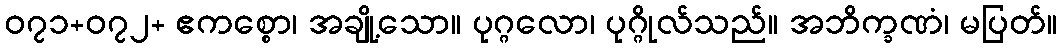
၀၇၁+၀၇၂+ ဧကစ္စော၊ အချို့သော။ ပုဂ္ဂလော၊ ပုဂ္ဂိုလ်သည်။ အဘိက္ခဏံ၊ မပြတ်။